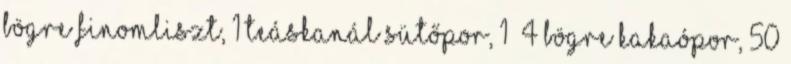
bögre finomliszt, 1 teáskanál sütőpor, 1 4 bögre kakaópor, 50